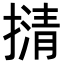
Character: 𢴆